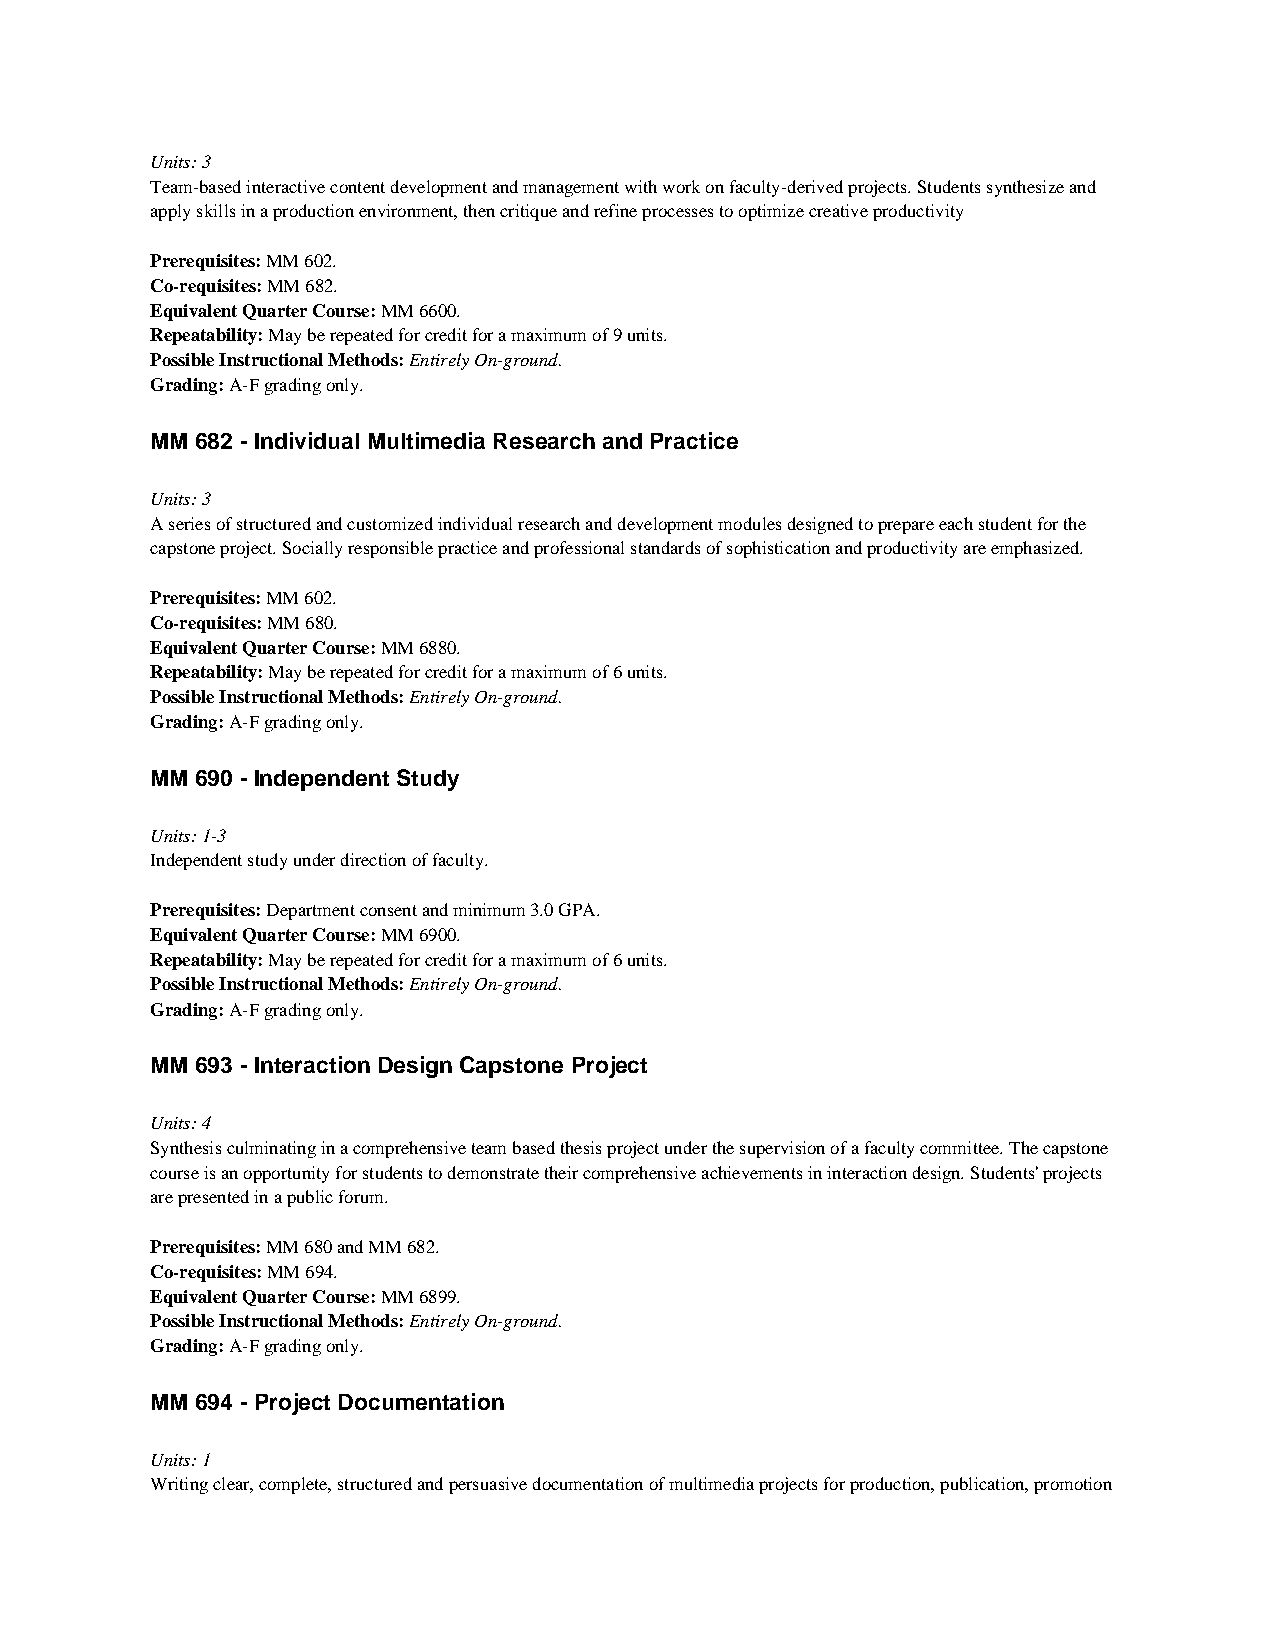
Units: 3
 Team-based interactive content development and management with work on faculty-derived projects. Students synthesize and
 apply skills in a production environment, then critique and refine processes to optimize creative productivity
 Prerequisites: MM 602.
 Co-requisites: MM 682.
 Equivalent Quarter Course: MM 6600.
 Repeatability: May be repeated for credit for a maximum of 9 units.
 Possible Instructional Methods: Entirely On-ground.
 Grading: A-F grading only.
 MM 682 - Individual Multimedia Research and Practice
 Units: 3
 A series of structured and customized individual research and development modules designed to prepare each student for the
 capstone project. Socially responsible practice and professional standards of sophistication and productivity are emphasized.
 Prerequisites: MM 602.
 Co-requisites: MM 680.
 Equivalent Quarter Course: MM 6880.
 Repeatability: May be repeated for credit for a maximum of 6 units.
 Possible Instructional Methods: Entirely On-ground.
 Grading: A-F grading only.
 MM 690 - Independent Study
 Units: 1-3
 Independent study under direction of faculty.
 Prerequisites: Department consent and minimum 3.0 GPA.
 Equivalent Quarter Course: MM 6900.
 Repeatability: May be repeated for credit for a maximum of 6 units.
 Possible Instructional Methods: Entirely On-ground.
 Grading: A-F grading only.
 MM 693 - Interaction Design Capstone Project
 Units: 4
 Synthesis culminating in a comprehensive team based thesis project under the supervision of a faculty committee. The capstone
 course is an opportunity for students to demonstrate their comprehensive achievements in interaction design. Students' projects
 are presented in a public forum.
 Prerequisites: MM 680 and MM 682.
 Co-requisites: MM 694.
 Equivalent Quarter Course: MM 6899.
 Possible Instructional Methods: Entirely On-ground.
 Grading: A-F grading only.
 MM 694 - Project Documentation
 Units: 1
 Writing clear, complete, structured and persuasive documentation of multimedia projects for production, publication, promotion